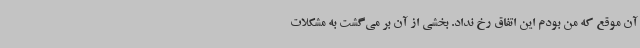
آن موقع که من بودم این اتفاق رخ نداد. بخشی از آن بر می‌گشت به مشکلات